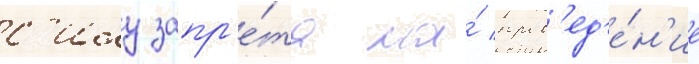
с'илу запр'е́та на́ пров'ед'е́н'ие